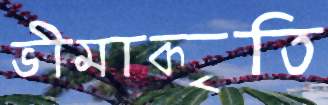
ভীমাকৃতি